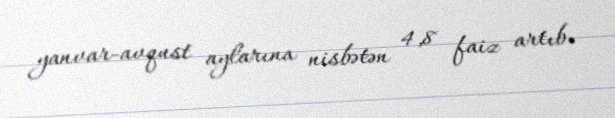
yanvar-avqust aylarına nisbətən 4,8 faiz artıb.